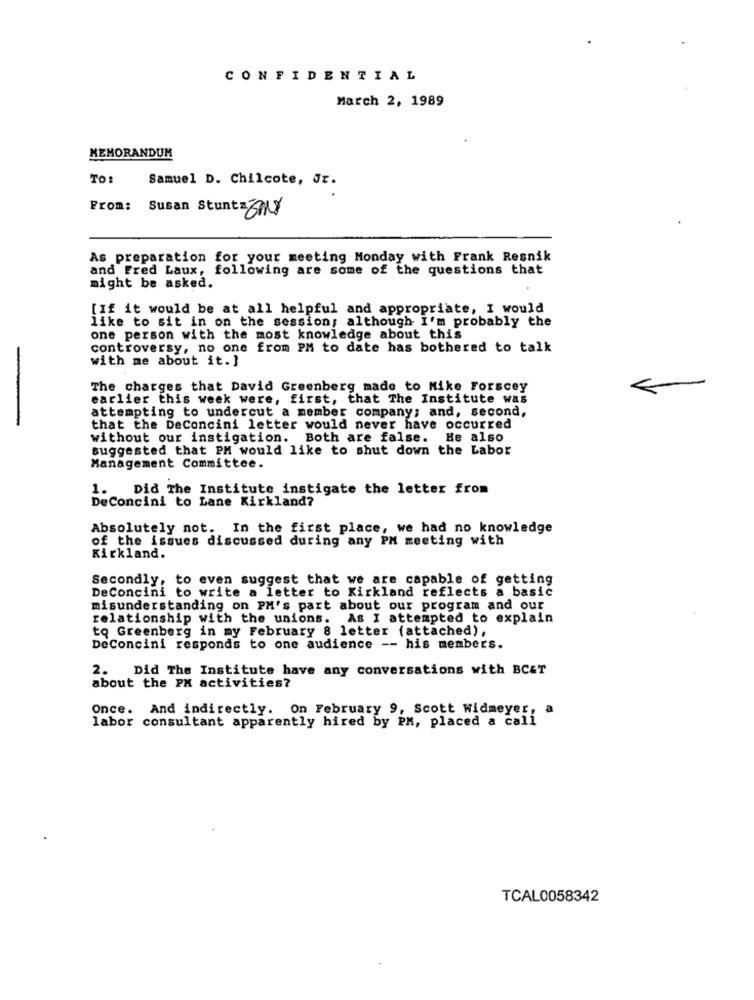
CONFIDENTIAL
March 2, 1989
MEMORANDUM
TO:
Samuel D. Chilcote, Jr.
From: Susan StuntzSAY
As preparation for your meeting Monday with Frank Resnik
and Fred Laux, following are some of the questions that
might be asked.
[If it would be at all helpful and appropriate, I would
like to sit in on the session; although I'm probably the
one person with the most knowledge about this
controversy, no one from PM to date has bothered to talk
with me about it. ]
The charges that David Greenberg made to Mike Forscey
-
earlier this week were, first, that The Institute was
attempting to undercut a member company; and, second,
that the DeConcini letter would never have occurred
without our instigation. Both are false. He also
suggested that PM would like to shut down the Labor
Management Committee.
1. Did The Institute instigate the letter from
DeConcini to Lane Kirkland?
Absolutely not. In the first place, we had no knowledge
of the issues discussed during any PM meeting with
Kirkland.
Secondly, to even suggest that we are capable of getting
DeConcini to write a letter to Kirkland reflects a basic
misunderstanding on PM's part about our program and our
relationship with the unions. As I attempted to explain
to Greenberg in my February 8 letter (attached),
DeConcini responds to one audience -- his members.
2. Did The Institute have any conversations with BC&T
about the PM activities?
Once. And indirectly. On February 9, Scott Widmeyer, a
labor consultant apparently hired by PM, placed a call
TCAL0058342